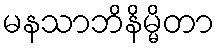
မနသာဘိနိမ္မိတာ